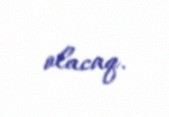
olacaq.